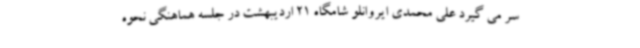
سر می گیرد علی محمدی ایروانلو شامگاه 21 اردیبهشت در جلسه هماهنگی نحوه